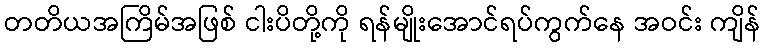
တတိယအကြိမ်အဖြစ် ငါးပိတို့ကို ရန်မျိုးအောင်ရပ်ကွက်နေ အဝင်း ကျိန်